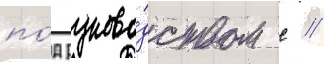
по́д руково́дством с //